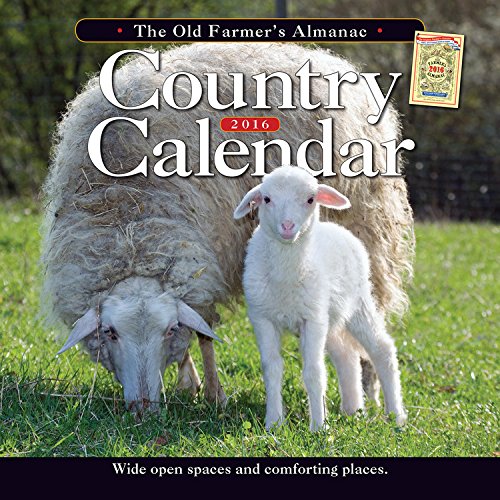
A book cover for The Old FarmerEEs Almanac 2016 Country Calendar; Old FarmerEEs Almanac; Calendars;